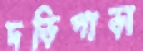
দড়িপাড়া